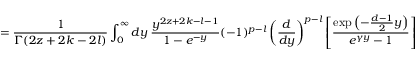
= { \frac { 1 } { \Gamma ( 2 z + 2 k - 2 l ) } } \int _ { 0 } ^ { \infty } d y ~ { \frac { y ^ { 2 z + 2 k - l - 1 } } { 1 - e ^ { - y } } } ( - 1 ) ^ { p - l } \left( { \frac { d } { d y } } \right) ^ { p - l } \left[ { \frac { \exp \left( - { \frac { d - 1 } { 2 } } y \right) } { e ^ { \gamma y } - 1 } } \right] ~ ~ ~ .